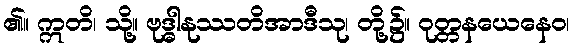
၏။ ဣတိ၊ သို့။ ဗုဒ္ဓါနုဿတိအာဒီသု၊ တို့၌။ ဝုတ္တနယေနေဝ၊